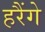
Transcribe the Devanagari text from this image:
हरैंगे